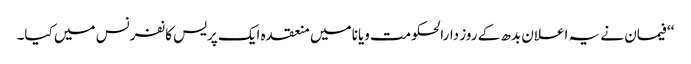
‘‘ فیمان نے یہ اعلان بدھ کے روز دارالحکومت ویانا میں منعقدہ ایک پریس کانفرنس میں کیا۔